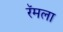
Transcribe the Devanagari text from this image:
रॅमला